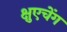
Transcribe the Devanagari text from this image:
क्षुएचेंग